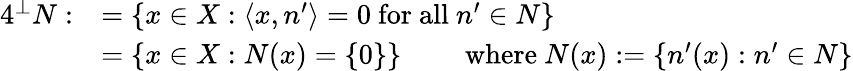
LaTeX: {\begin{array}{rl}{{4}^{\bot}N:}&{=\left\{ x\in X:\left\langle x,n^{\prime}\right\rangle=0{\mathrm{~for~all~}}n^{\prime}\in N\right\} }\\ &{=\left\{ x\in X:N(x)=\{ 0\} \right\} \qquad{\mathrm{~where~}}N(x):=\left\{ n^{\prime}(x):n^{\prime}\in N\right\} }\end{array}}